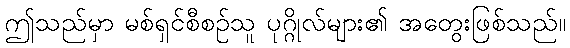
ဤသည်မှာ မစ်ရှင်စီစဉ်သူ ပုဂ္ဂိုလ်များ၏ အတွေးဖြစ်သည်။